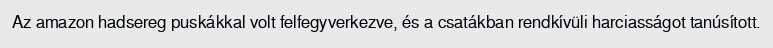
Az amazon hadsereg puskákkal volt felfegyverkezve, és a csatákban rendkívüli harciasságot tanúsított.